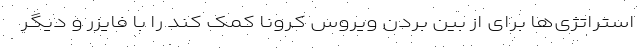
استراتژی‌ها برای از بین بردن ویروس کرونا کمک کند را با فایزر و دیگر